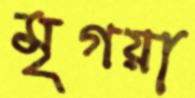
মৃগয়া